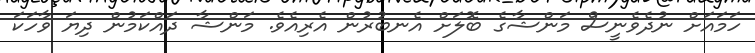
ހަމައަށް ނުދެވެނީސް މަންޝާގެ ބޮލަށް އެނބުރުން އެރިއެވެ. މަންޝާ ދައްކަމުން ދިޔަ ވާހަކަ